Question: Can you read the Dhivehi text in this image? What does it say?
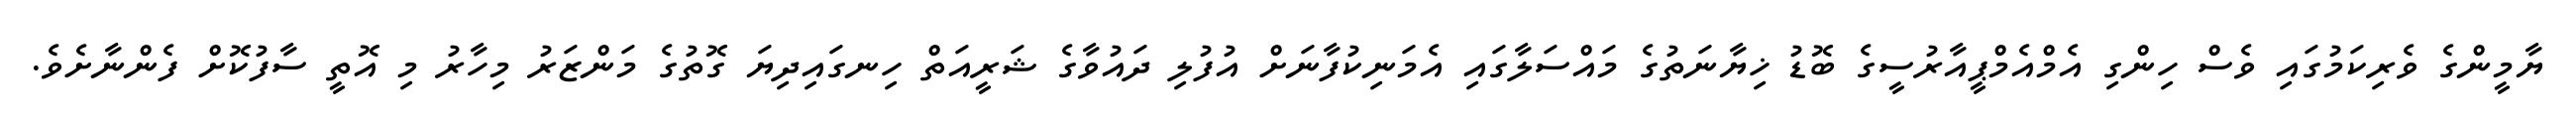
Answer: ޔާމީންގެ ވެރިކަމުގައި ވެސް ހިންގި އެމްއެމްޕީއާރުސީގެ ބޮޑު ޚިޔާނަތުގެ މައްސަލާގައި އެމަނިކުފާނަށް އުފުލި ދައުވާގެ ޝަރީއަތް ހިނގައިދިޔަ ގޮތުގެ މަންޒަރު މިހާރު މި އޮތީ ސާފުކޮށް ފެންނާށެވެ.